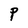
Character: P